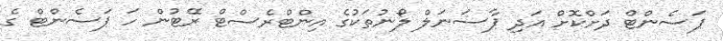
ޕަސެންޓް ދަށްކޮށް އަދި ޕާސަނަލް ލޯނުތަކުގެ އިންޓްރެސްޓް ރޭޓުން ހަ ޕަސެންޓް ގެ